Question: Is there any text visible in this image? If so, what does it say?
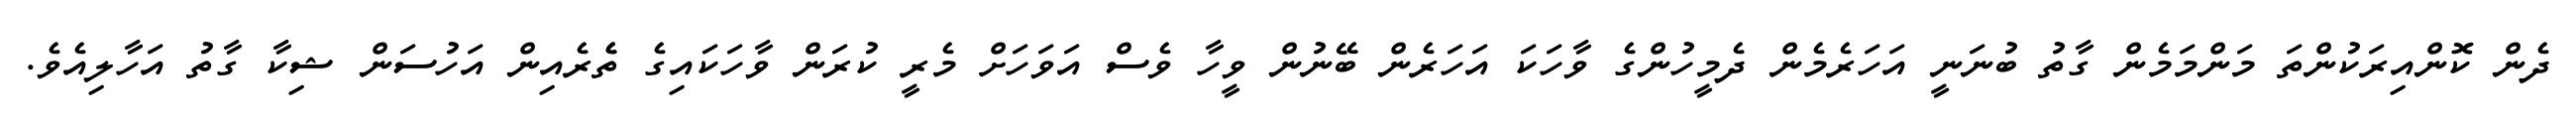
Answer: ދެން ކޮންއިރަކުންތަ މަންމަމެން ގާތު ބުނަނީ އަހަރެމެން ދެމީހުންގެ ވާހަކަ އަހަރެން ބޭނުން ވީހާ ވެސް އަވަހަށް މެރީ ކުރަން ވާހަކައިގެ ތެެރެއިން އަހުސަން ޝިކާ ގާތު އަހާލިއެވެ.